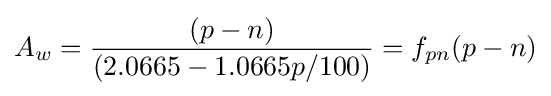
A_{w}={(p-n) \over (2.0665-1.0665p/100)}=f_{pn}(p-n)